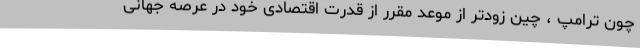
چون ترامپ ، چین زودتر از موعد مقرر از قدرت اقتصادی خود در عرصه جهانی